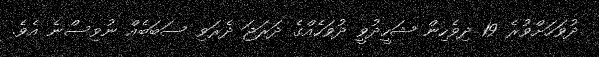
ދުވަހަށްވުރެ 19 ދިވެހިން ޝަހީދުވީ ދުވަހެއްގެ ދަރަޖަ ދެރަވި ސަބަބެއް ނުވިސްނެ އެވެ.